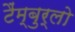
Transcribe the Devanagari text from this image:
टैंम्बुर्लो